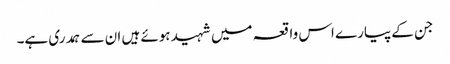
جن کے پیارے اس واقعہ میں شہید ہوئے ہیں ان سے ہمدری ہے۔